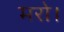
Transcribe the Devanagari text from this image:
मरो।